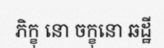
ភិក្ខុ នោ ចក្ខុនោ ឆដ្ឋី